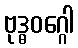
ဗုဒ္ဓဝဂ္ဂေါ